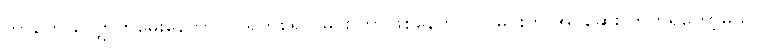
ဘာတွေ လျှောက်မေးနေတာလဲ၊ ရှက်စရာ၊ မင်း ဘာဖြစ်နေတာလဲ၊ မင်းကို အိပ်ဆေး တိုက်ရတော့မယ်